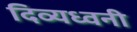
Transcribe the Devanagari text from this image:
दिव्यध्वनी